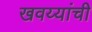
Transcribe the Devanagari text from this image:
खवय्यांची